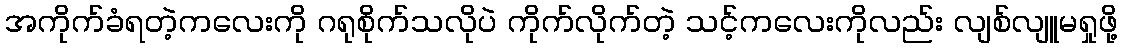
အကိုက်ခံရတဲ့ကလေးကို ဂရုစိုက်သလိုပဲ ကိုက်လိုက်တဲ့ သင့်ကလေးကိုလည်း လျစ်လျူမရှုဖို့